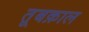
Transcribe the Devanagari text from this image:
तूबक़ाल